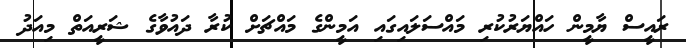
ރައީސް ޔާމީން ހައްޔަރުކުރި މައްސަލައިގައި އަމީންގެ މައްޗަށް ކުރާ ދައުވާގެ ޝަރީއަތް މިއަދު